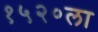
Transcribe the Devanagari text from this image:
१५२०ला